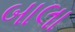
બાલા